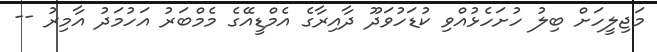
މަޖިލީހަށް ބިލު ހުށަހެޅުއްވި ކުޑަހުވަދޫ ދާއިރާގެ އެމްޑީއޭގެ މެމްބަރު އަހުމަދު އާމިރު --